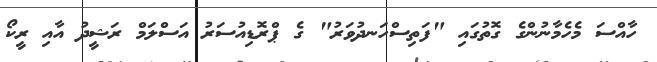
ހާއްސަ މެހެމާނުންގެ ގޮތުގައި "ފަތިސްހަނދުވަރު" ގެ ޕްރޮޑިއުސަރު އަސްލަމް ރަޝީދު އާއި ރީކޯ